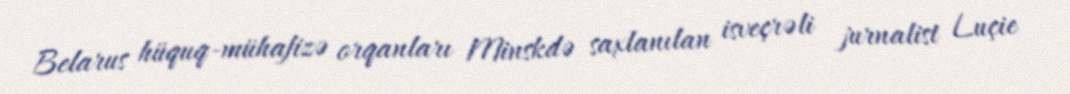
Belarus hüquq-mühafizə orqanları Minskdə saxlanılan isveçrəli jurnalist Luçie